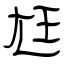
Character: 尪